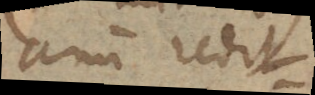
anum redit.